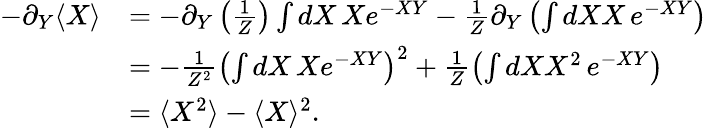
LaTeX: \begin{array}{rl}{-\partial_{Y}\langle X\rangle}&{=-\partial_{Y}\left(\frac{1}{Z}\right)\int dX\, Xe^{-XY}-\frac{1}{Z}\partial_{Y}\left(\int dXX\, e^{-XY}\right)}\\ &{=-\frac{1}{Z^{2}}\left(\int dX\, Xe^{-XY}\right)^{2}+\frac{1}{Z}\left(\int dXX^{2}\, e^{-XY}\right)}\\ &{=\langle X^{2}\rangle-\langle X\rangle^{2}.}\end{array}